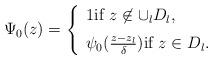
LaTeX: \begin{align*}\Psi_0(z)=\left \{ \begin{array}{lll} 1 \mbox{if} \ z\not\in\cup_lD_l, \medskip \\\psi_0(\frac{z-z_l}{\delta}) \mbox{if} \ z\in D_l. \end{array}\right.\end{align*}